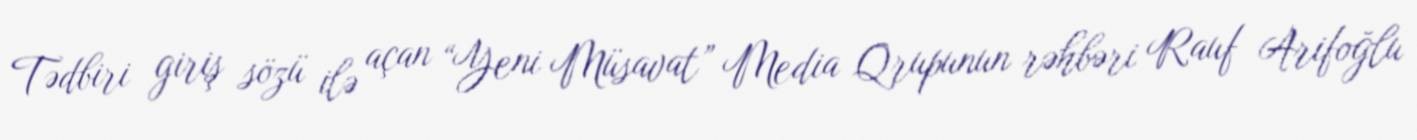
Tədbiri giriş sözü ilə açan “Yeni Müsavat” Media Qrupunun rəhbəri Rauf Arifoğlu